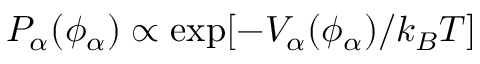
P _ { \alpha } ( \phi _ { \alpha } ) \propto \exp [ - V _ { \alpha } ( \phi _ { \alpha } ) / k _ { B } T ]